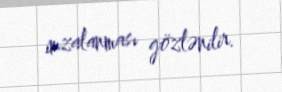
imzalanması gözlənilir.